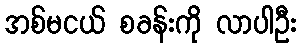
အစ်မငယ် စခန်းကို လာပါဦး